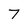
Character: 7